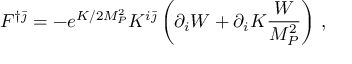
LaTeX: F ^ { \dagger \bar { \jmath } } = - e ^ { K / 2 M _ { P } ^ { 2 } } K ^ { i \bar { \jmath } } \left( \partial _ { i } W + \partial _ { i } K \frac { W } { M _ { P } ^ { 2 } } \right) \, ,